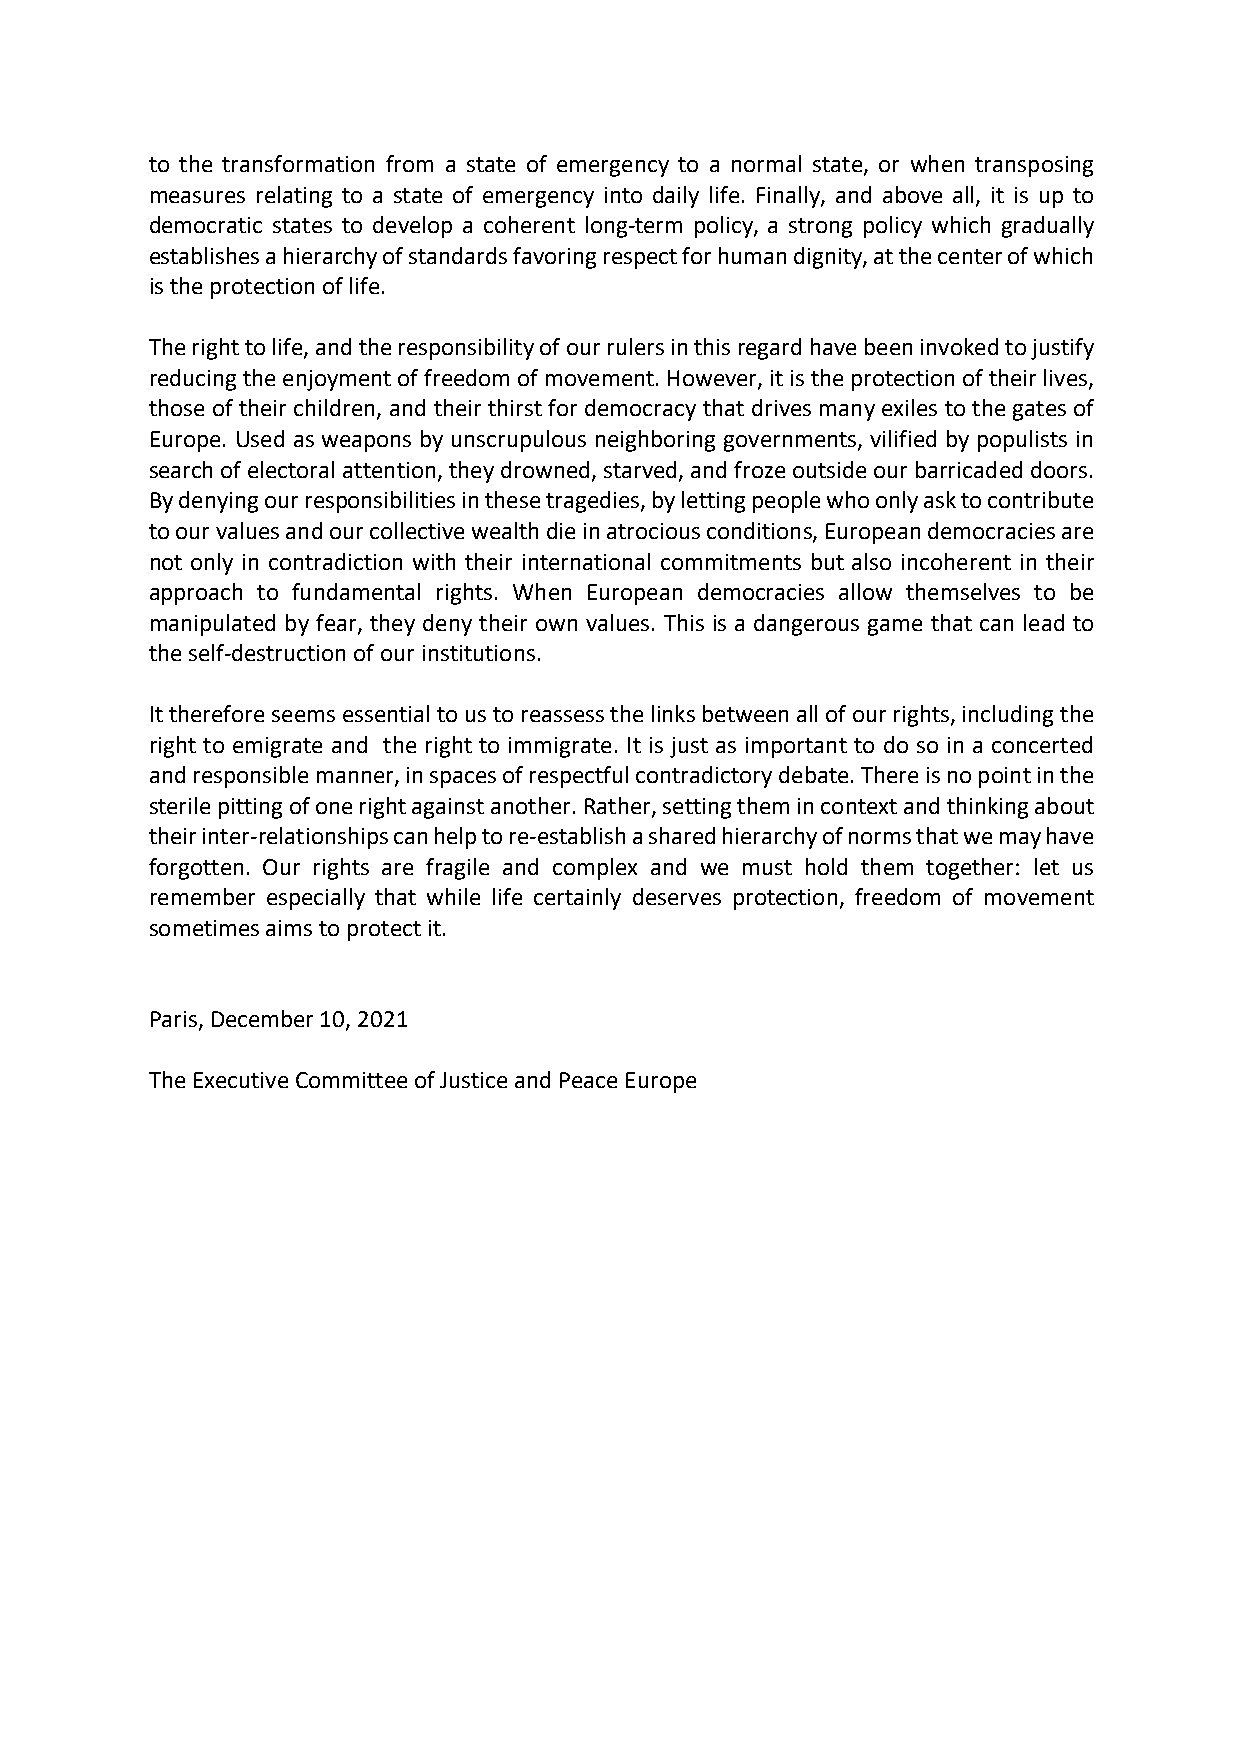
to the transformation from a state of emergency to a normal state, or when transposing
 measures relating to a state of emergency into daily life. Finally, and above all, it is up to
 democratic states to develop a coherent long-term policy, a strong policy which gradually
 establishes a hierarchy of standards favoring respect for human dignity, at the center of which
 is the protection of life.
 The right to life, and the responsibility of our rulers in this regard have been invoked to justify
 reducing the enjoyment of freedom of movement. However, it is the protection of their lives,
 those of their children, and their thirst for democracy that drives many exiles to the gates of
 Europe. Used as weapons by unscrupulous neighboring governments, vilified by populists in
 search of electoral attention, they drowned, starved, and froze outside our barricaded doors.
 By denying our responsibilities in these tragedies, by letting people who only ask to contribute
 to our values and our collective wealth die in atrocious conditions, European democracies are
 not only in contradiction with their international commitments but also incoherent in their
 approach to fundamental rights. When European democracies allow themselves to be
 manipulated by fear, they deny their own values. This is a dangerous game that can lead to
 the self-destruction of our institutions.
 It therefore seems essential to us to reassess the links between all of our rights, including the
 right to emigrate and the right to immigrate. It is just as important to do so in a concerted
 and responsible manner, in spaces of respectful contradictory debate. There is no point in the
 sterile pitting of one right against another. Rather, setting them in context and thinking about
 their inter-relationships can help to re-establish a shared hierarchy of norms that we may have
 forgotten. Our rights are fragile and complex and we must hold them together: let us
 remember especially that while life certainly deserves protection, freedom of movement
 sometimes aims to protect it.
 Paris, December 10, 2021
 The Executive Committee of Justice and Peace Europe